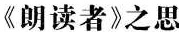
《朗读者》之思